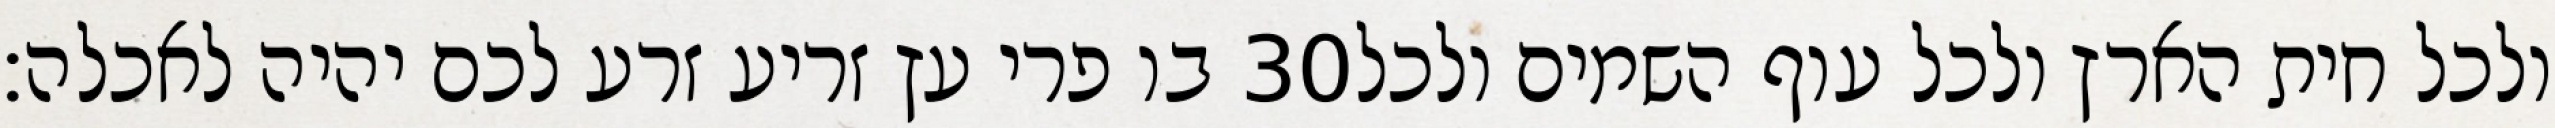
בו פרי עץ זריע זרע לכם יהיה לאכלה׃ ‎30‏ ולכל חית הארץ ולכל עוף השמים ולכל